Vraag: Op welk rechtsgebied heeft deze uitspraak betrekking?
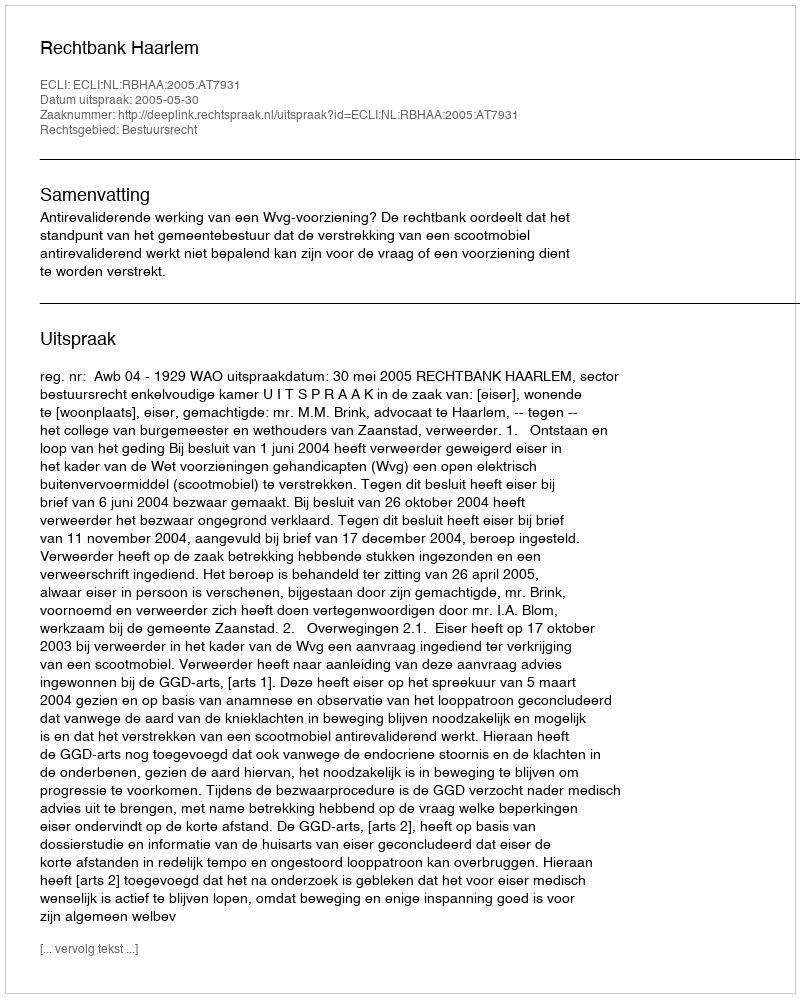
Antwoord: Bestuursrecht